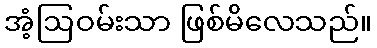
အံ့ဩဝမ်းသာ ဖြစ်မိလေသည်။